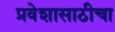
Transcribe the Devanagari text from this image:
प्रवेशासाठीचा